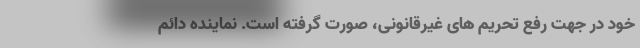
خود در جهت رفع تحریم های غیرقانونی، صورت گرفته است. نماینده دائم